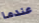
عندما